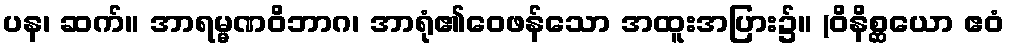
ပန၊ ဆက်။ အာရမ္မဏဝိဘာဂ၊ အာရုံ၏ဝေဖန်သော အထူးအပြား၌။ (ဝိနိစ္ဆယော ဧဝံ